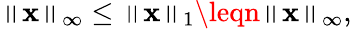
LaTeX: \left\| \mathbf{x}\right\| _{\infty}\leq\left\| \mathbf{x}\right\| _{1}\leqn\left\| \mathbf{x}\right\| _{\infty},